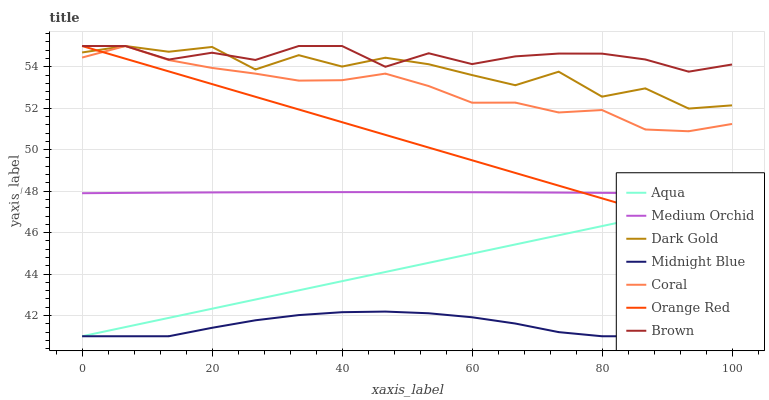
| xaxis_label | Aqua | Medium Orchid | Dark Gold | Midnight Blue | Coral | Orange Red | Brown |
 | --- | --- | --- | --- | --- | --- | --- | --- |
 | 0 | 41 | 47.9 | 54.7 | 41 | 54.4 | 55 | 55 |
 | 6.67 | 41.4 | 47.9 | 55 | 41 | 55 | 54.4 | 55 |
 | 13.3 | 41.9 | 47.9 | 54.7 | 41 | 54.3 | 53.8 | 54.3 |
 | 20 | 42.3 | 47.9 | 55 | 41.4 | 53.9 | 53.2 | 54.7 |
 | 26.7 | 42.8 | 47.9 | 53.9 | 41.8 | 53.7 | 52.6 | 54.3 |
 | 33.3 | 43.2 | 47.9 | 54.6 | 42 | 53.3 | 51.9 | 55 |
 | 40 | 43.7 | 48 | 54 | 42.2 | 53.4 | 51.3 | 55 |
 | 46.7 | 44.1 | 48 | 54.4 | 42.2 | 53.7 | 50.7 | 54 |
 | 53.3 | 44.5 | 48 | 54.1 | 42.1 | 53.1 | 50.1 | 54.6 |
 | 60 | 45 | 47.9 | 53.6 | 41.9 | 52.3 | 49.5 | 54.1 |
 | 66.7 | 45.4 | 47.9 | 53.1 | 41.6 | 52.3 | 48.9 | 54.5 |
 | 73.3 | 45.9 | 47.9 | 53.8 | 41.2 | 51.8 | 48.3 | 54.6 |
 | 80 | 46.3 | 47.9 | 52.6 | 41 | 51.9 | 47.7 | 54.6 |
 | 86.7 | 46.8 | 47.9 | 53 | 41 | 51 | 47 | 54.4 |
 | 93.3 | 47.2 | 47.9 | 52 | 41 | 50.9 | 46.4 | 53.8 |
 | 100 | 47.6 | 47.9 | 52.1 | 41 | 51.2 | 45.8 | 54.1 |